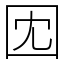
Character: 𫭃